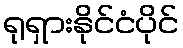
ရုရှားနိုင်ငံပိုင်